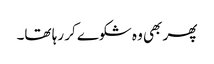
پھر بھی وہ شکوے کر رہا تھا۔